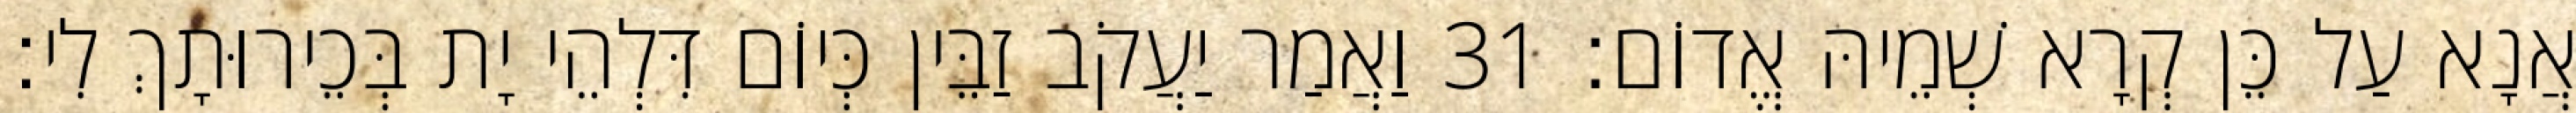
אֲנָא עַל כֵּן קְרָא שְׁמֵיהּ אֱדוֹם׃ 31 וַאֲמַר יַעֲקֹב זַבֵּין כְּיוֹם דִּלְהֵי יָת בְּכֵירוּתָךְ לִי׃